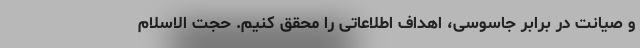
و صیانت در برابر جاسوسی، اهداف اطلاعاتی را محقق کنیم. حجت الاسلام